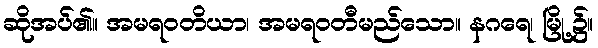
ဆိုအပ်၏။ အမရဝတိယာ၊ အမရဝတီမည်သော။ နဂရေ၊ မြို့၌။